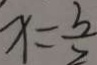
x = \frac { 3 } { 2 }